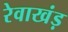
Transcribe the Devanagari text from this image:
रेवाखंड़